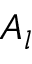
A _ { l }